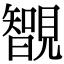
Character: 䚐